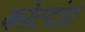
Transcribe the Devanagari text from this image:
कोटदंडा